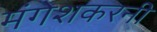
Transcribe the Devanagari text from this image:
मंगेशकरनी